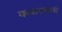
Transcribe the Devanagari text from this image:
कळल्याचं